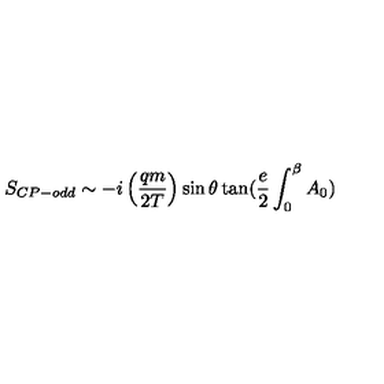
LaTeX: S _ { C P - o d d } \sim - i \left( \frac { q m } { 2 T } \right) \sin \theta \tan ( \frac { e } { 2 } \int _ { 0 } ^ { \beta } A _ { 0 } )